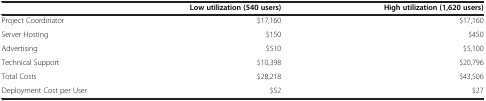
|  | Low utilization (540 users) | High utilization (1,620 users) |
 | --- | --- | --- |
 | Project Coordinator | $17,160 | $17,160 |
 | Server Hosting | $150 | $450 |
 | Advertising | $510 | $5,100 |
 | Technical Support | $10,398 | $20,796 |
 | Total Costs | $28,218 | $43,506 |
 | Deployment Cost per User | $52 | $27 |